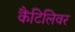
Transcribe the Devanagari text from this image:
कैंटिलिवर